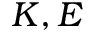
K , E